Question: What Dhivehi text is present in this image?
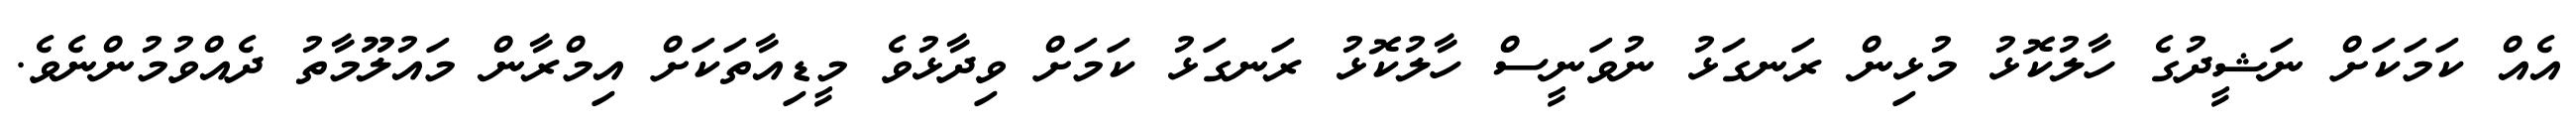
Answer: އެއް ކަމަކަށް ނަޝީދުގެ ހާލުކޮޅު މުޅިން ރަނގަޅު ނުވަނީސް ހާލުކޮޅު ރަނގަޅު ކަމަށް ވިދާޅުވެ މީޑިއާތަކަށް އިމްރާން މައުލޫމާތު ދެއްވުމުންނެވެ.